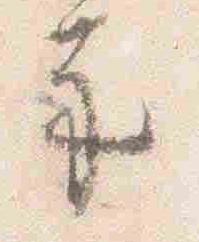
示